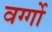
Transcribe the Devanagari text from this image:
वर्ग्गो